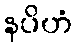
နပိဟံ